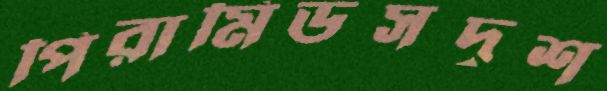
পিরামিডসদৃশ